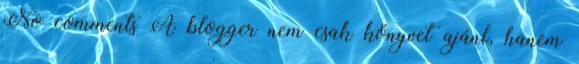
No comments A blogger nem csak könyvet ajánl, hanem